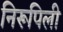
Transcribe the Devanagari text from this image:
निरूपिली